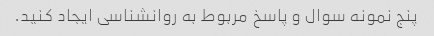
پنج نمونه سوال و پاسخ مربوط به روانشناسی ایجاد کنید.